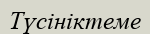
Түсініктеме